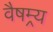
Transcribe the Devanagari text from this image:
वैषम्र्य